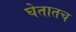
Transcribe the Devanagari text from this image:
घेतातच